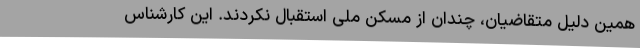
همین دلیل متقاضیان، چندان از مسکن ملی استقبال نکردند. این کارشناس